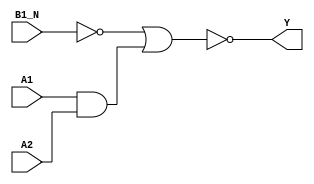
module sky130_fd_sc_hdll__a21boi (
    Y   ,
    A1  ,
    A2  ,
    B1_N
);

    // Module ports
    output Y   ;
    input  A1  ;
    input  A2  ;
    input  B1_N;

    // Local signals
    wire b         ;
    wire and0_out  ;
    wire nor0_out_Y;

    //  Name  Output      Other arguments
    not not0 (b         , B1_N           );
    and and0 (and0_out  , A1, A2         );
    nor nor0 (nor0_out_Y, b, and0_out    );
    buf buf0 (Y         , nor0_out_Y     );

endmodule